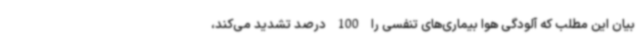
بیان این مطلب که آلودگی هوا بیماری‌های تنفسی را 100 درصد تشدید می‌کند،